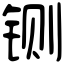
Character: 铡